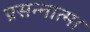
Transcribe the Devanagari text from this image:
प्रसन्नात्मा